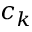
c _ { k }